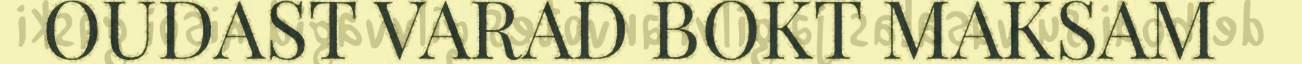
OUDAST VARAD BOKT MAKSAM